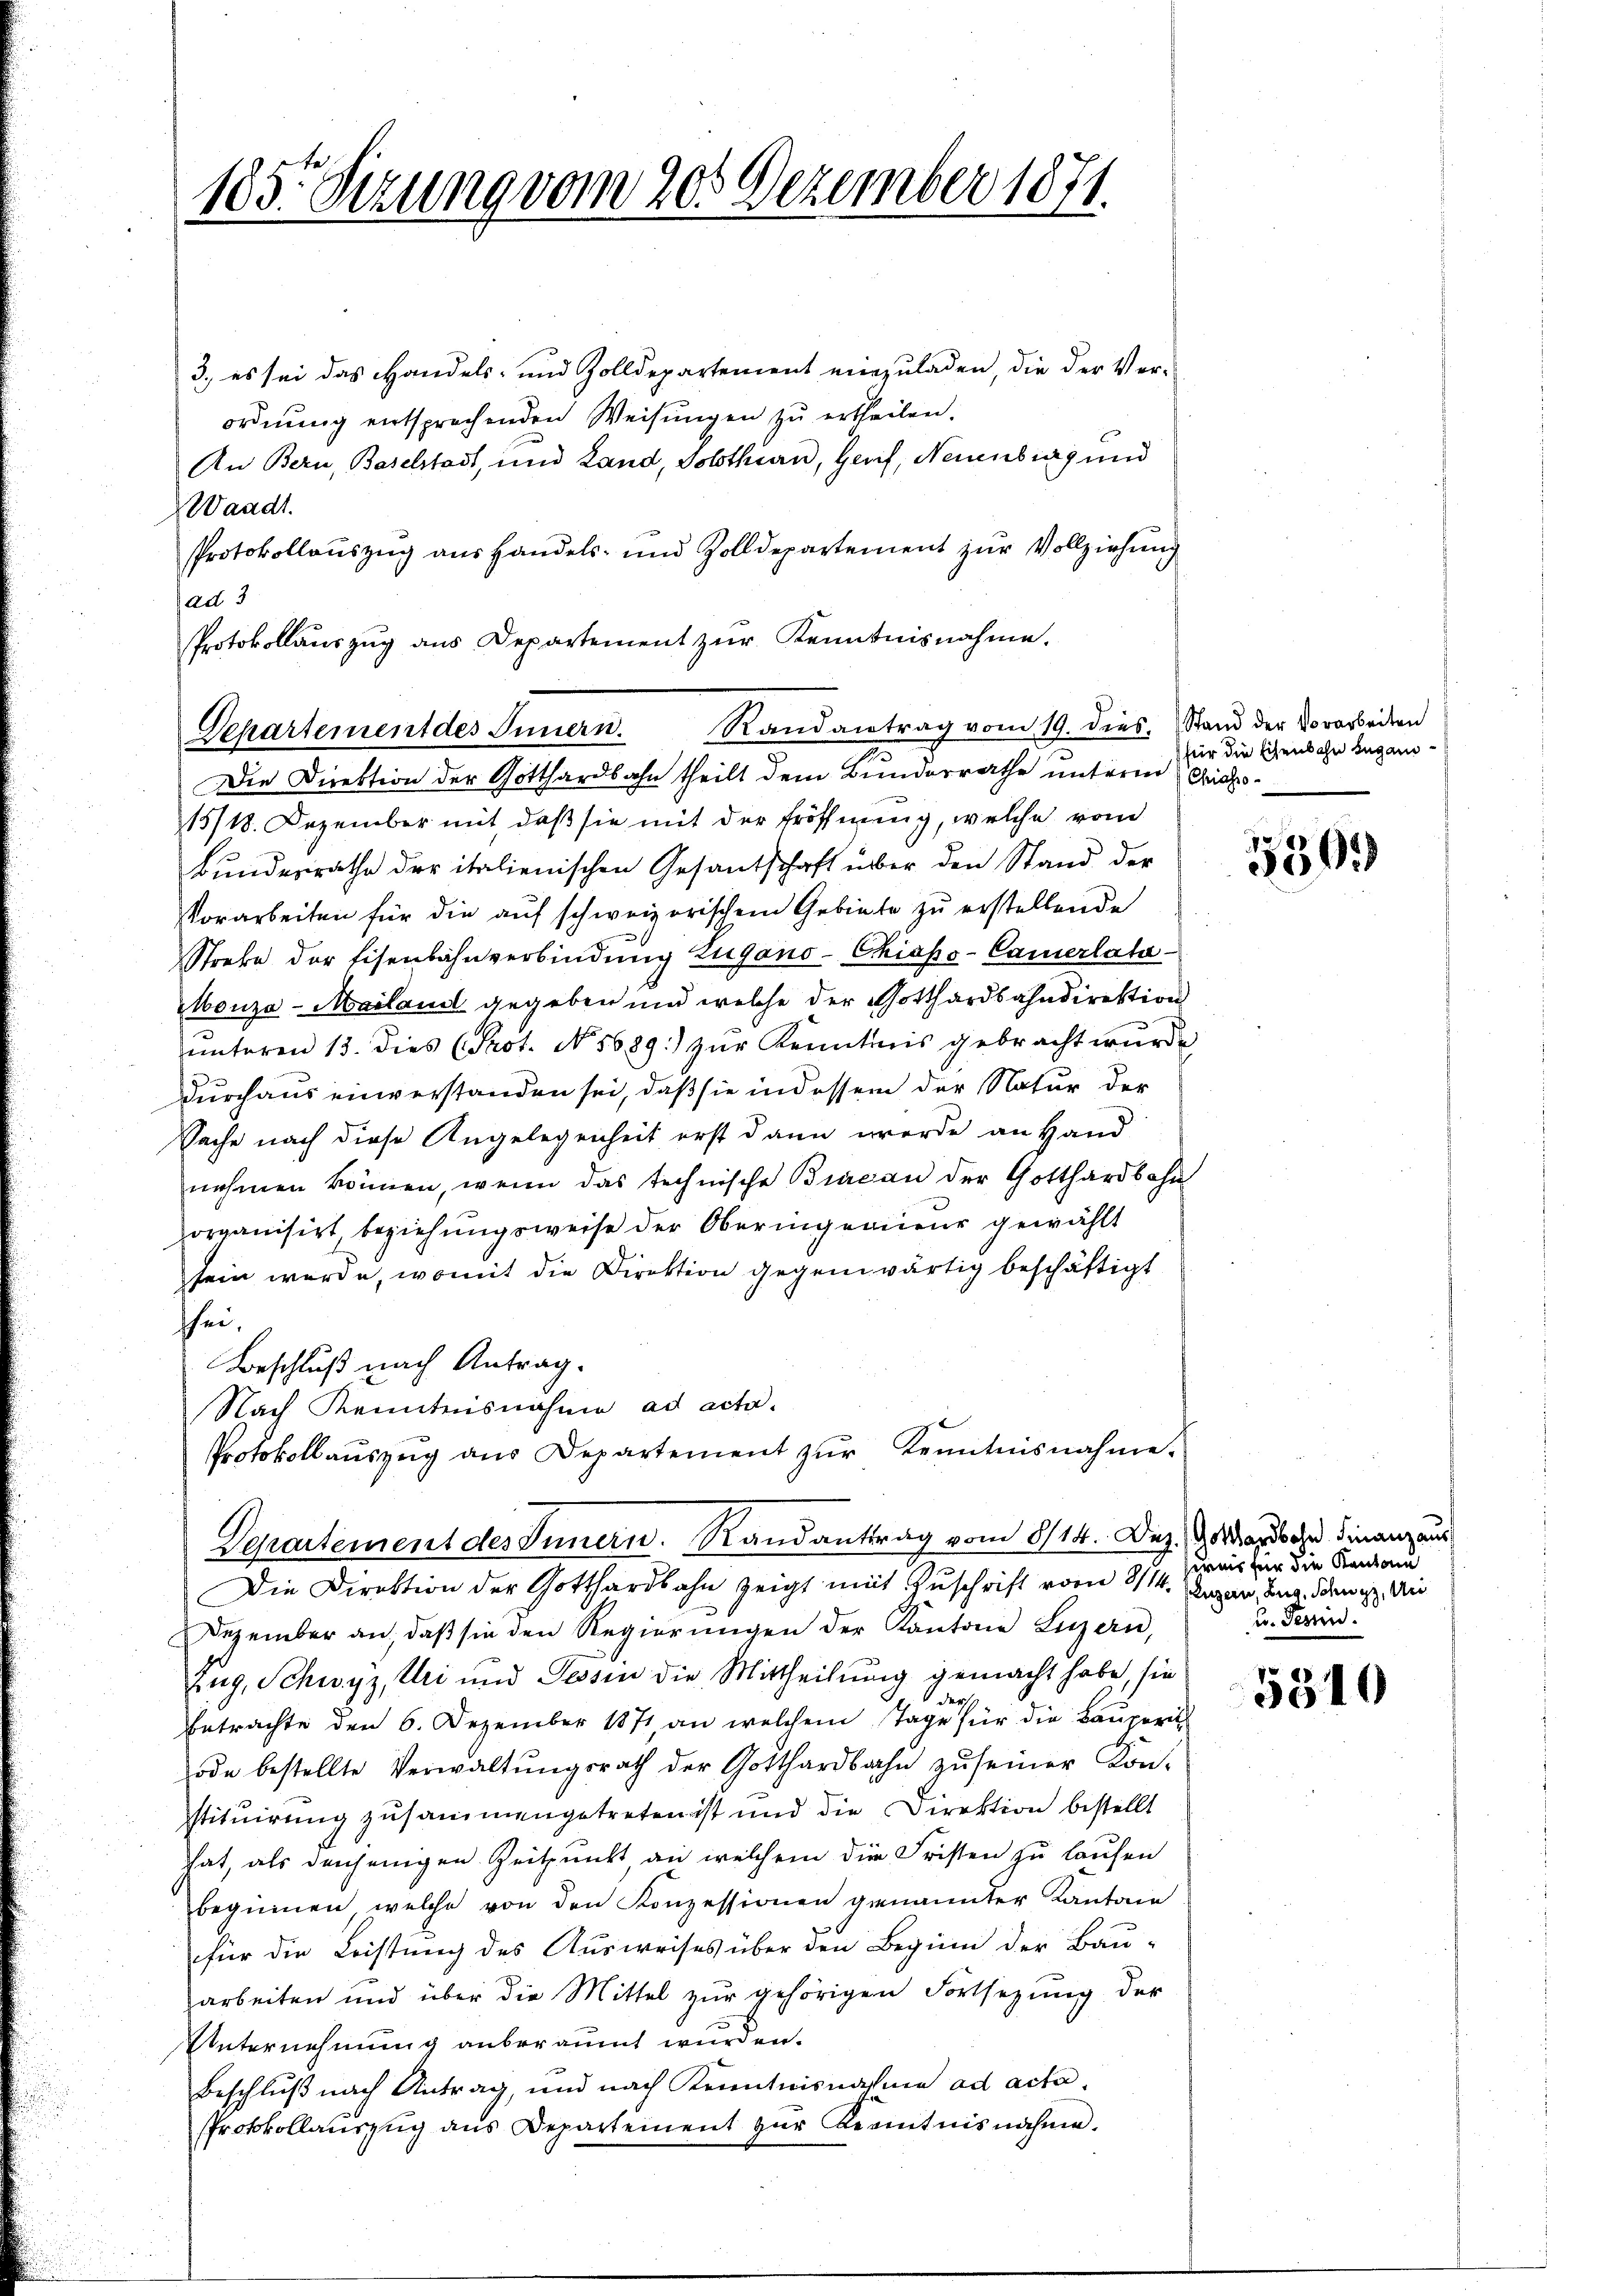
183. Sitzung vom 20. Dezember 1871.

3., es sei das Handels- und Zolldepartement vierzuladen, die der Ver-
ordnŭng entsprechenden Weisŭngen zŭ ertheilen.
An Bern, Baselstadt, und Land, Solothurn, Genf, Neuenburg und
Waadt.
Protokollauszug aus Handels- und Zolldepartement zur Vollziehung
ad 3
Protokollauszug aus Departement zur Kenntnisnahme.
Departement des Innern. Randantrag vom 19. dies. Stand der Vorarbeiten
15/18. Dezember mit, daß sie mit der Eröffnung, welche vom
Bundesrathe der italienischen Gesantschaft über den Stand der
Vorarbeiten für die auf schweizerischem Gebiete zu erstellende
Strebe der Eisenbahnverbindung Lugano-Chiapo-Camerlata
Monza-Mailand gegeben und welche der Gotthardbahndirektion
unteren 13. dies (Prot. No. 1689) zur Kenntnis gebracht wurde
Durchaus einverstanden sei, daß sie in dessem der Natur der
Sache nach diese Angelegenheit erst dann werde an Hand
nehmen können, wenn das technische Bracan der Gotthardbahn
organisirt beziehungsweise der Oberingenieur gewählt
sein werde, womit die Direktion gegenwärtig beschäftigt
schei¬
Beschluß nach Antrag.
Nach Kenntnisnahme ad acta.
Protokollaŭszŭg ans Departement zŭr Kenntnisnahme.
Departement des Innern. Randantrag vom 8/14. Dez. Gener Finanzaus
Die Direktion der Gotthardbahn zeigt mit Zuschrift vom 8/14. Augen, Aug. diene. Wir
Dezember an, daβ sie den Regierŭngen der Kantone Luzern,
Zug, Schwyz, Uri und Tessin die Mittheilung gemacht habe, sie

betrachte den 6. Dezember 1871 an welchem Tage für die Baŭperit
ode bestellte Verwaltŭngsrath der Gotthardbahn zŭ seiner Kon-
stituirung zusammengetreten ist und die Direktion bestellt
hat, als denjenigen Zeitpunkt, an welchem die Fristen zu laufen
beginnen, welche von den Konzessionen genannter Kantone
für die Leistung des Ausweises über den Beginn der Bau-
arbeiten und über die Mittel zur gehörigen Fortsetzung der
Unternehmung anberäumt wurden.
Beschluß nach Antrag, und nach Kenntnisnahme ad acta
Protokollauszug aus Departement zur Kenntnisnahme.

Die Direktion der Gotthardbahn theilt dem Bunderrathe unterm

für die Eisenbahn began¬
Chiasso-

5391

ernis für die Kantone
u. Perin.

9310